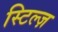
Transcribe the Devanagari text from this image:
स्टिल्ज़